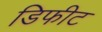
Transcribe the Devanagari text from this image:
डिफीट